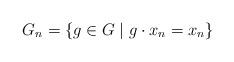
LaTeX: \begin{align*}G_n = \{g \in G \mid g \cdot x_n = x_n \}\end{align*}